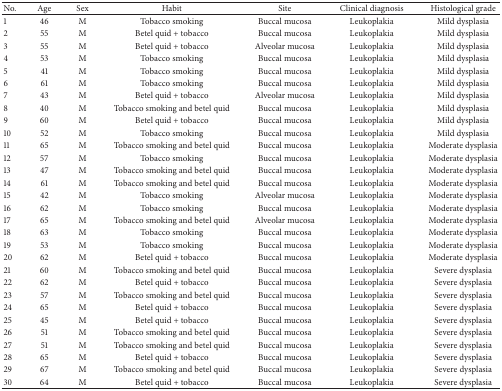
<table><thead><tr><td><b>No.</b></td><td><b>Age</b></td><td><b>Sex</b></td><td><b>Habit</b></td><td><b>Site</b></td><td><b>Clinical diagnosis</b></td><td><b>Histological grade</b></td></tr></thead><tbody><tr><td>1</td><td>46</td><td>M</td><td>Tobacco smoking</td><td>Buccal mucosa</td><td>Leukoplakia</td><td>Mild dysplasia</td></tr><tr><td>2</td><td>55</td><td>M</td><td>Betel quid + tobacco</td><td>Buccal mucosa</td><td>Leukoplakia </td><td>Mild dysplasia</td></tr><tr><td>3</td><td>55</td><td>M</td><td>Betel quid + tobacco</td><td>Alveolar mucosa</td><td>Leukoplakia</td><td>Mild dysplasia</td></tr><tr><td>4</td><td>53</td><td>M</td><td>Tobacco smoking</td><td>Buccal mucosa</td><td>Leukoplakia</td><td>Mild dysplasia</td></tr><tr><td>5</td><td>41</td><td>M</td><td>Tobacco smoking</td><td>Buccal mucosa</td><td>Leukoplakia</td><td>Mild dysplasia</td></tr><tr><td>6</td><td>61</td><td>M</td><td>Tobacco smoking</td><td>Buccal mucosa</td><td>Leukoplakia</td><td>Mild dysplasia</td></tr><tr><td>7</td><td>43</td><td>M</td><td>Betel quid + tobacco</td><td>Alveolar mucosa</td><td>Leukoplakia</td><td>Mild dysplasia</td></tr><tr><td>8</td><td>40</td><td>M</td><td>Tobacco smoking and betel quid </td><td>Buccal mucosa</td><td>Leukoplakia</td><td>Mild dysplasia</td></tr><tr><td>9</td><td>60 </td><td>M</td><td>Betel quid + tobacco</td><td>Buccal mucosa</td><td>Leukoplakia</td><td>Mild dysplasia</td></tr><tr><td>10</td><td>52</td><td>M</td><td>Tobacco smoking</td><td>Buccal mucosa</td><td>Leukoplakia</td><td>Mild dysplasia</td></tr><tr><td>11</td><td>65</td><td>M</td><td>Tobacco smoking and betel quid </td><td>Buccal mucosa</td><td>Leukoplakia</td><td>Moderate dysplasia</td></tr><tr><td>12</td><td>57</td><td>M</td><td>Tobacco smoking </td><td>Buccal mucosa</td><td>Leukoplakia</td><td>Moderate dysplasia</td></tr><tr><td>13</td><td>47</td><td>M</td><td>Tobacco smoking and betel quid </td><td>Buccal mucosa</td><td>Leukoplakia</td><td>Moderate dysplasia</td></tr><tr><td>14</td><td>61</td><td>M</td><td>Tobacco smoking and betel quid </td><td>Buccal mucosa</td><td>Leukoplakia</td><td>Moderate dysplasia</td></tr><tr><td>15</td><td>42</td><td>M</td><td>Tobacco smoking</td><td>Alveolar mucosa</td><td>Leukoplakia</td><td>Moderate dysplasia</td></tr><tr><td>16</td><td>62</td><td>M</td><td>Tobacco smoking</td><td>Buccal mucosa</td><td>Leukoplakia</td><td>Moderate dysplasia</td></tr><tr><td>17</td><td>65</td><td>M</td><td>Tobacco smoking and betel quid</td><td>Alveolar mucosa</td><td>Leukoplakia</td><td>Moderate dysplasia</td></tr><tr><td>18</td><td>63</td><td>M</td><td>Tobacco smoking</td><td>Buccal mucosa</td><td>Leukoplakia</td><td>Moderate dysplasia</td></tr><tr><td>19</td><td>53</td><td>M</td><td>Tobacco smoking</td><td>Buccal mucosa</td><td>Leukoplakia</td><td>Moderate dysplasia</td></tr><tr><td>20</td><td>62</td><td>M</td><td>Betel quid + tobacco</td><td>Buccal mucosa</td><td>Leukoplakia</td><td>Moderate dysplasia</td></tr><tr><td>21</td><td>60</td><td>M</td><td>Tobacco smoking and betel quid </td><td>Buccal mucosa</td><td>Leukoplakia</td><td>Severe dysplasia</td></tr><tr><td>22</td><td>62</td><td>M</td><td>Betel quid + tobacco</td><td>Buccal mucosa</td><td>Leukoplakia</td><td>Severe dysplasia</td></tr><tr><td>23</td><td>57</td><td>M</td><td>Tobacco smoking and betel quid </td><td>Buccal mucosa </td><td>Leukoplakia</td><td>Severe dysplasia</td></tr><tr><td>24</td><td>65</td><td>M</td><td>Betel quid + tobacco</td><td>Buccal mucosa</td><td>Leukoplakia</td><td>Severe dysplasia</td></tr><tr><td>25</td><td>45</td><td>M</td><td>Betel quid + tobacco</td><td>Buccal mucosa</td><td>Leukoplakia</td><td>Severe dysplasia </td></tr><tr><td>26</td><td>51</td><td>M</td><td>Tobacco smoking and betel quid </td><td>Buccal mucosa</td><td>Leukoplakia</td><td>Severe dysplasia</td></tr><tr><td>27</td><td>51</td><td>M</td><td>Tobacco smoking and betel quid</td><td>Buccal mucosa</td><td>Leukoplakia</td><td>Severe dysplasia</td></tr><tr><td>28</td><td>65</td><td>M</td><td>Betel quid + tobacco</td><td>Buccal mucosa</td><td>Leukoplakia</td><td>Severe dysplasia</td></tr><tr><td>29</td><td>67</td><td>M</td><td>Tobacco smoking and betel quid</td><td>Buccal mucosa</td><td>Leukoplakia</td><td>Severe dysplasia</td></tr><tr><td>30</td><td>64</td><td>M</td><td>Betel quid + tobacco</td><td>Buccal mucosa</td><td>Leukoplakia</td><td>Severe dysplasia</td></tr></tbody></table>